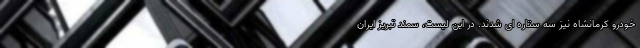
خودرو کرمانشاه نیز سه ستاره ای شدند. در این لیست، سمند تبریز ایران